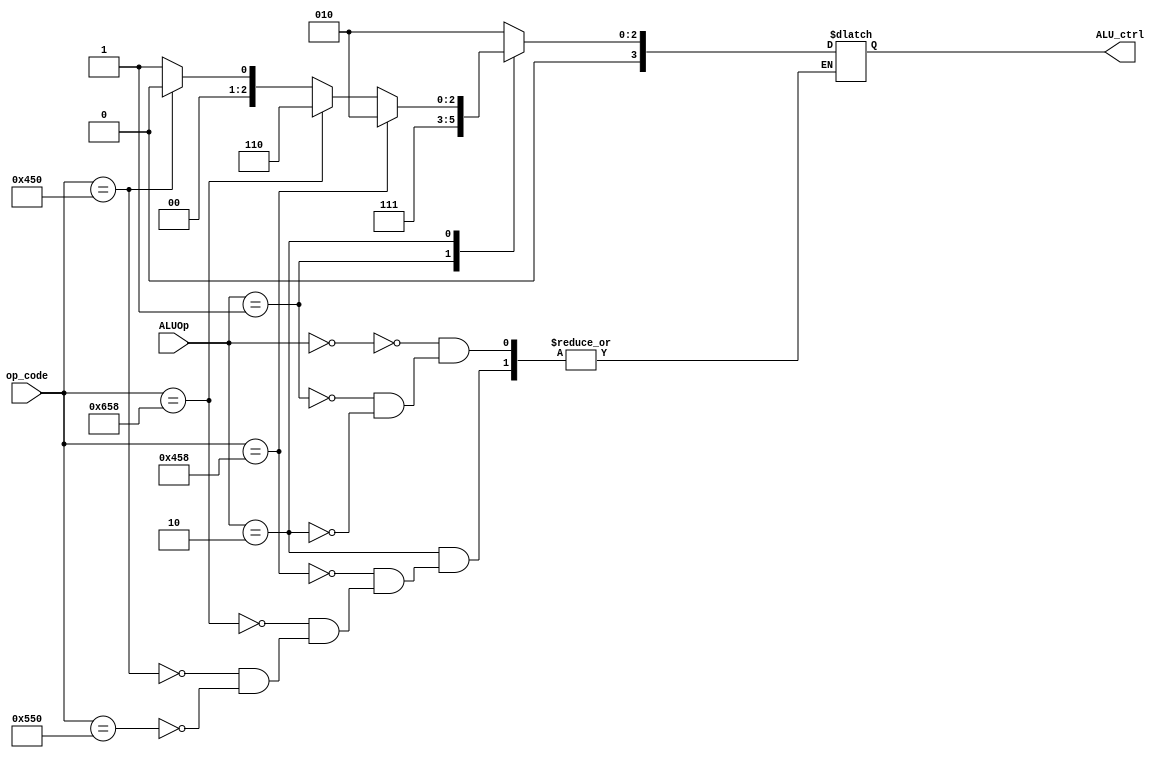
`timescale 1ns / 1ps

module LEGv8_ALC(
    input [10:0] op_code,
    input [1:0]  ALUOp,

    output reg [3:0] ALU_ctrl
    );

    always @(*)
        begin
            case(ALUOp)
            2'b00:
                ALU_ctrl <= 4'b0010;
            2'b01:
                ALU_ctrl <= 4'b0111;
            2'b10:
                // ADD
                if (op_code == 11'b10001011000)
                    ALU_ctrl <= 4'b0010;
                //SUB
                else if (op_code == 11'b11001011000)
                    ALU_ctrl <= 4'b0110;
                // AND
                else if (op_code == 11'b10001010000)
                    ALU_ctrl <= 4'b0000;
                // ORR
                else if (op_code == 11'b10101010000)
                    ALU_ctrl <= 4'b0001;
            endcase
        end

endmodule